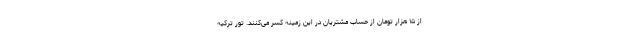
از ۱۵ هزار تومان از حساب مشتریان در این زمینه کسر می‌کنند. تور ترکیه